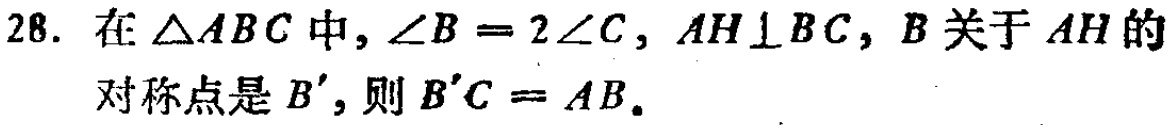
28. 在$\triangle ABC$中，$\angle B = 2\angle C$，$AH\perp BC$，$B$关于$AH$的对称点是$B'$，则$B'C = AB$。